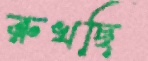
রুখছি